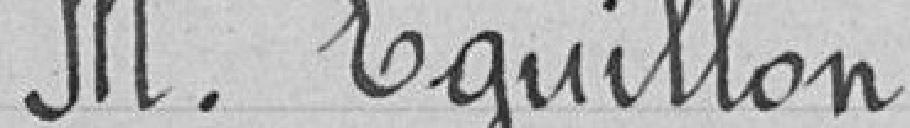
M. Eguillon